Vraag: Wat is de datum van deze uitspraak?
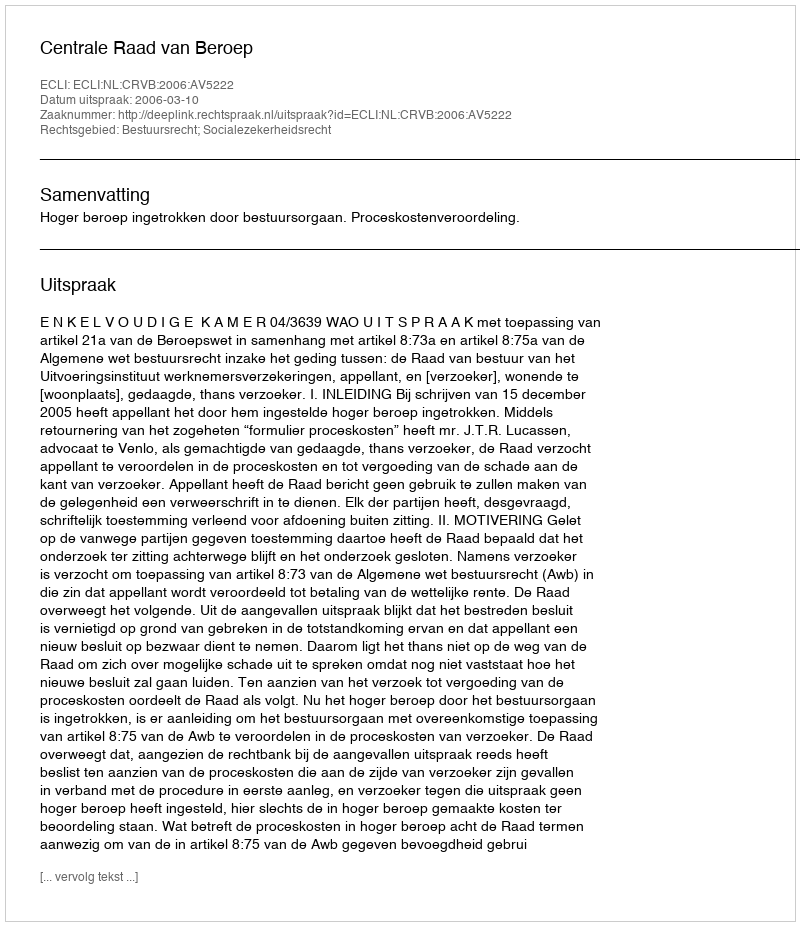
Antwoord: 2006-03-10